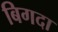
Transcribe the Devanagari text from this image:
बिगदा